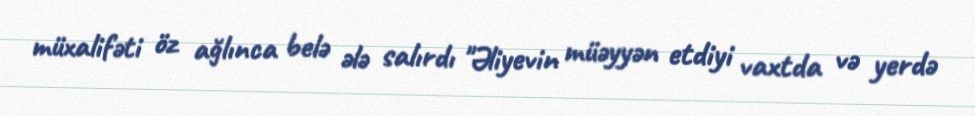
müxalifəti öz ağlınca belə ələ salırdı "Əliyevin müəyyən etdiyi vaxtda və yerdə